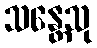
သန္တေသု